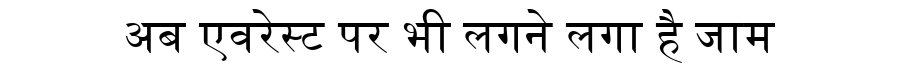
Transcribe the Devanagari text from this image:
अब एवरेस्ट पर भी लगने लगा है जाम